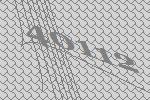
40112